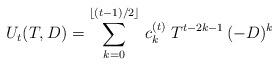
LaTeX: \begin{align*}U_t({T},{D}) = \sum_{k=0}^{\lfloor (t-1)/2 \rfloor}\,c_k^{(t)}\;T^{t-2k-1}\,(-D)^k\end{align*}